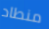
منطاد